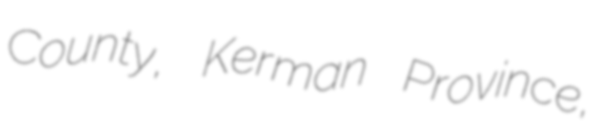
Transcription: County, Kerman Province,